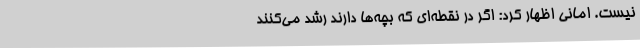
نیست. امانی اظهار کرد: اگر در نقطه‌ای که بچه‌ها دارند رشد می‌کنند